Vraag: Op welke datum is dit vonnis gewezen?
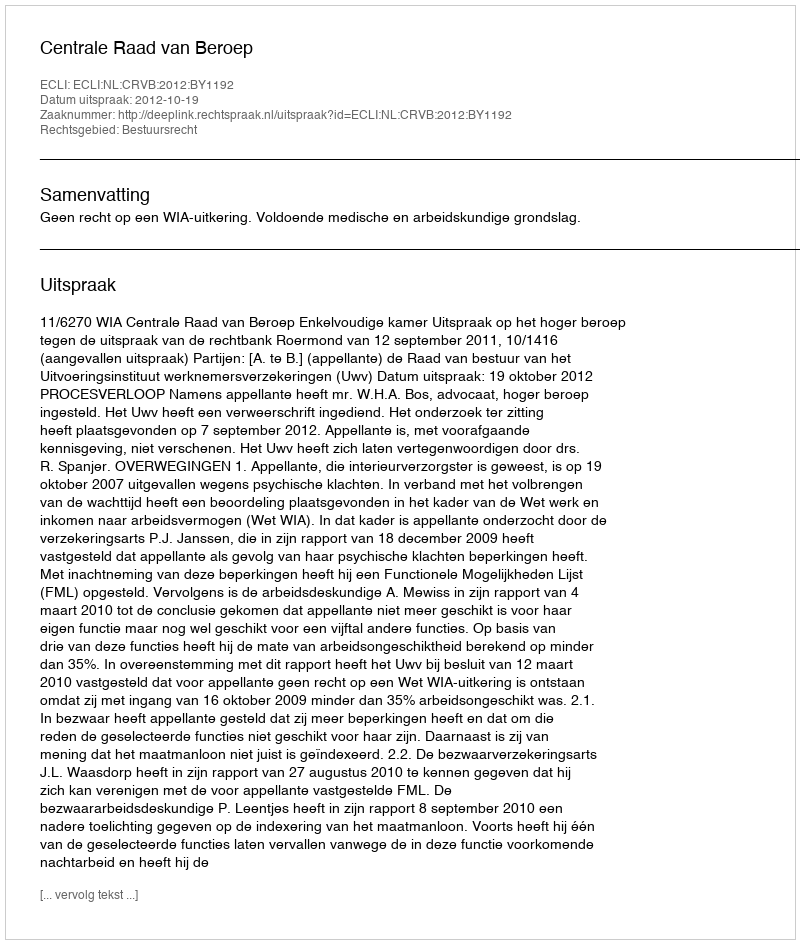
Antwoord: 2012-10-19